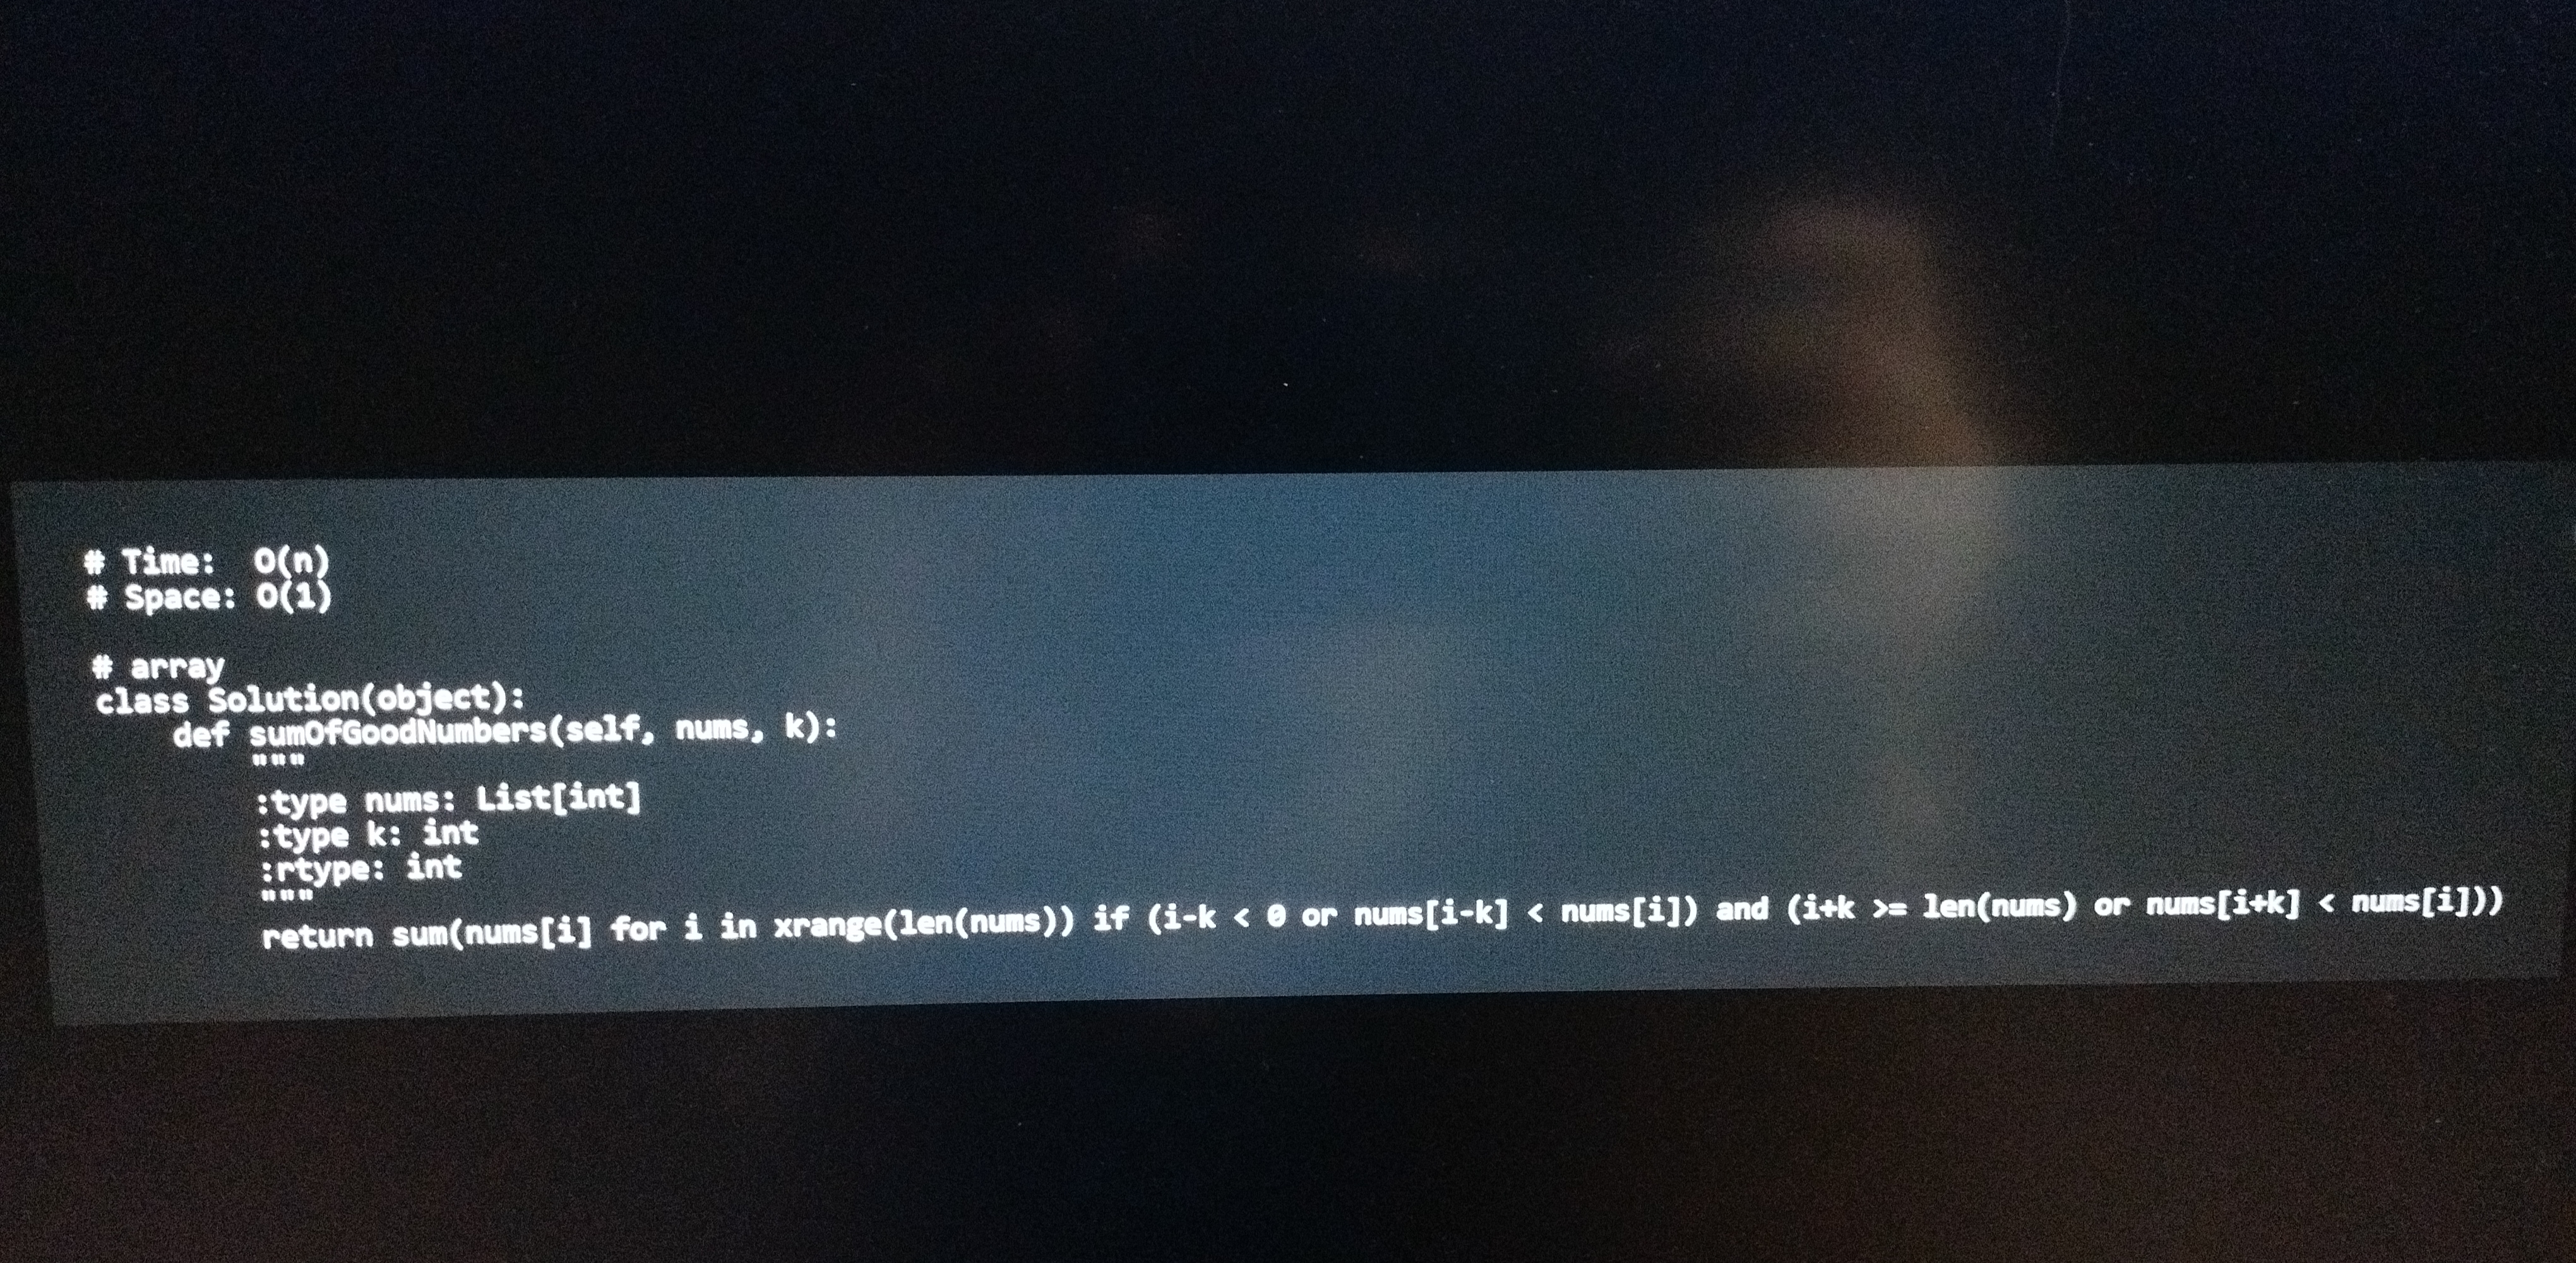
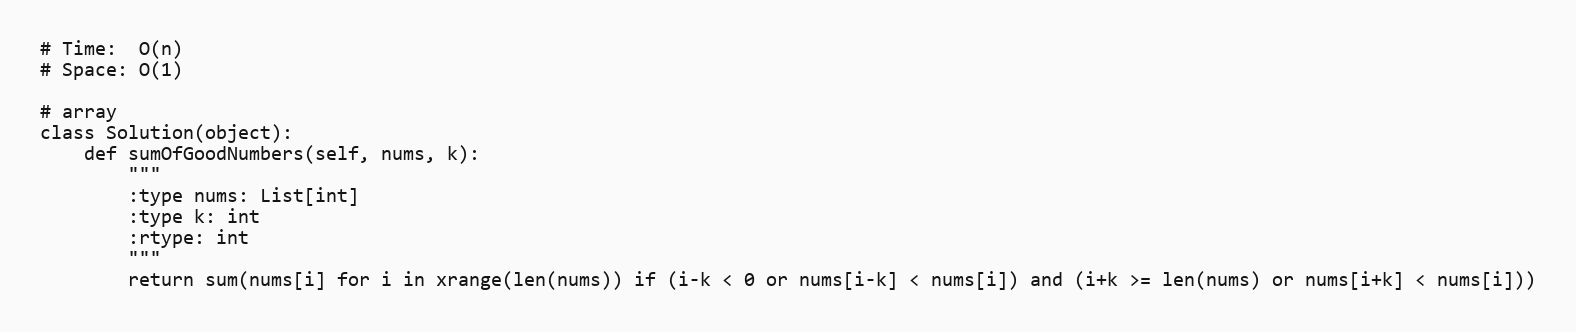
# Time:  O(n)
# Space: O(1)

# array
class Solution(object):
    def sumOfGoodNumbers(self, nums, k):
        """
        :type nums: List[int]
        :type k: int
        :rtype: int
        """
        return sum(nums[i] for i in xrange(len(nums)) if (i-k < 0 or nums[i-k] < nums[i]) and (i+k >= len(nums) or nums[i+k] < nums[i]))